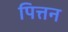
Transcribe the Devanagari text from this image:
पित्तन